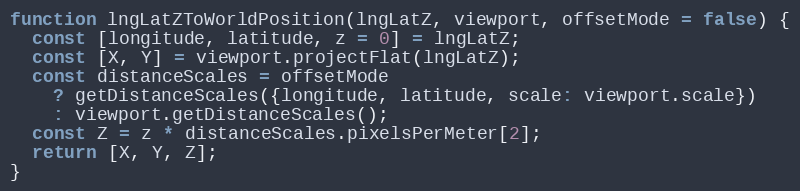
Language: JavaScript
function lngLatZToWorldPosition(lngLatZ, viewport, offsetMode = false) {
  const [longitude, latitude, z = 0] = lngLatZ;
  const [X, Y] = viewport.projectFlat(lngLatZ);
  const distanceScales = offsetMode
    ? getDistanceScales({longitude, latitude, scale: viewport.scale})
    : viewport.getDistanceScales();
  const Z = z * distanceScales.pixelsPerMeter[2];
  return [X, Y, Z];
}